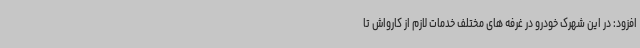
افزود: در این شهرک خودرو در غرفه های مختلف خدمات لازم از کارواش تا